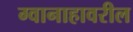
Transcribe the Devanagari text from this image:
ग्वानाहावरील